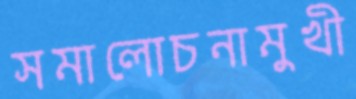
সমালোচনামুখী